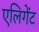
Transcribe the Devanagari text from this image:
एलिगेंट